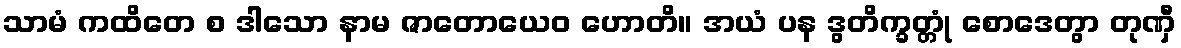
သာမံ ကထိတေ စ ဒါသော နာမ ဇာတောယေဝ ဟောတိ။ အယံ ပန ဒွတိက္ခတ္တုံ စောဒေတွာ တုဏှီ